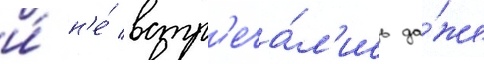
и́ н'е́ встр'еча́л'ись да́же